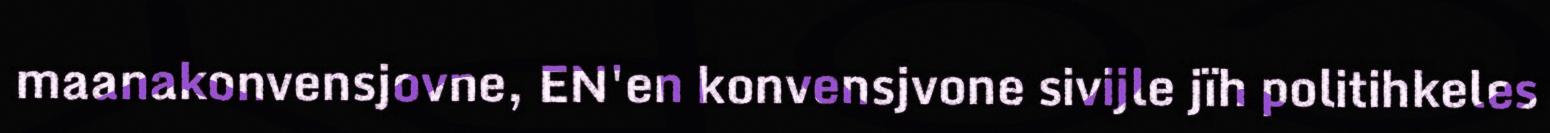
maanakonvensjovne, EN'en konvensjvone sivijle jïh politihkeles